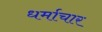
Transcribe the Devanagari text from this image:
धर्माचार